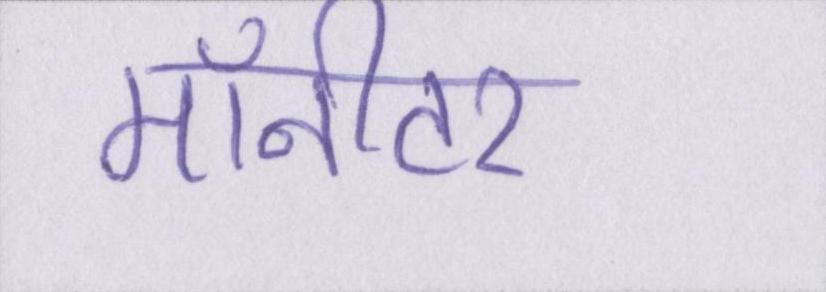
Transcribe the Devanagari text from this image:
मॉनीटर